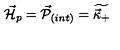
{ \vec { { \cal H } } } _ { p } = { \vec { { \cal P } } } _ { ( i n t ) } = \widetilde { \vec { \kappa } _ { + } }